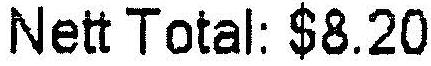
NETT TOTAL: $8.20